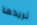
نريدها